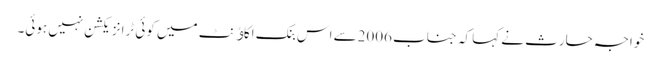
خواجہ حارث نے کہا کہ جناب 2006سے اس بنک اکاﺅنٹ میں کوئی ٹرانزیکشن نہیں ہوئی۔